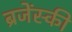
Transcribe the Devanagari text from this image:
ब्रजेंस्की